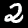
Digit: 2